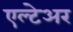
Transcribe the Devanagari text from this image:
एल्टेअर